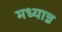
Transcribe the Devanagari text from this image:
मध्यान्न